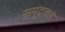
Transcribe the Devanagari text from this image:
समुद्रकडे